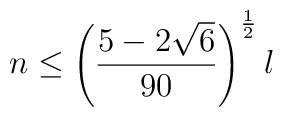
n\le \left({ 5-2\sqrt{6}\over 90}\right)^{1\over2}l